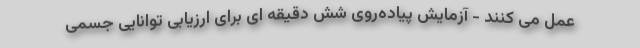
عمل می کنند - آزمایش پیاده‌روی شش دقیقه ای برای ارزیابی توانایی جسمی